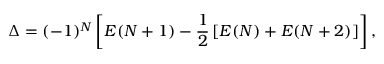
\Delta = ( - 1 ) ^ { N } \left[ E ( N + 1 ) - \frac { 1 } { 2 } \left[ E ( N ) + E ( N + 2 ) \right] \right] ,